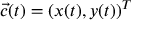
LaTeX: { \vec { c } } ( t ) = ( x ( t ) , y ( t ) ) ^ { T }